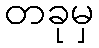
တခုမှ